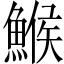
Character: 鯸